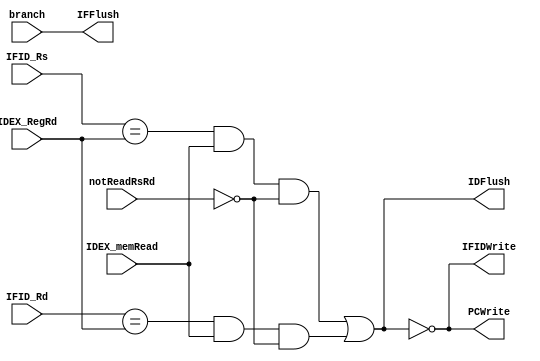
module hazardDetectionUnit (
    input IDEX_memRead,  // pipeline-stall
    input [2:0] IDEX_RegRd,  //pipeline-stall
    input [2:0] IFID_Rs, //pipeline-stall
    input [2:0] IFID_Rd, //pipeline-stall
    input notReadRsRd, //NOP,HLT, LI,B,BE,BLT,BLE,BNE1, pipeline-stall
    input branch, //branch
    output PCWrite, //pipeline-stall
    output IFIDWrite,// pipeline-stall
    output IFFlush, //branch
    output IDFlush );//pipeline-stall

    //branch
    assign IFFlush = branch;

    //pipeline-stall
    wire pipeline_stall;

    assign pipeline_stall =  ((IFID_Rs == IDEX_RegRd) & IDEX_memRead & ~notReadRsRd)
                            |((IFID_Rd == IDEX_RegRd) & IDEX_memRead & ~notReadRsRd);

    assign PCWrite = ~pipeline_stall; 

    assign IFIDWrite = ~pipeline_stall;

    assign IDFlush = pipeline_stall;

    
    

endmodule